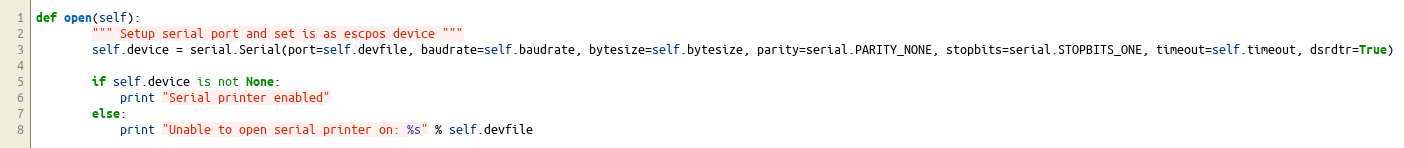
Language: Python
def open(self):
        """ Setup serial port and set is as escpos device """
        self.device = serial.Serial(port=self.devfile, baudrate=self.baudrate, bytesize=self.bytesize, parity=serial.PARITY_NONE, stopbits=serial.STOPBITS_ONE, timeout=self.timeout, dsrdtr=True)

        if self.device is not None:
            print "Serial printer enabled"
        else:
            print "Unable to open serial printer on: %s" % self.devfile